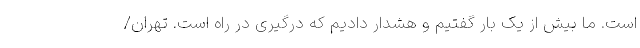
است. ما بیش از یک بار گفتیم و هشدار دادیم که درگیری در راه است. تهران/